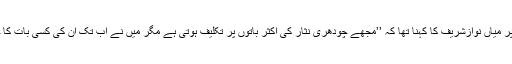
ان کی ناراضی پر میاں نوازشریف کا کہنا تھا کہ ’’مجھے چودھری نثار کی اکثر باتوں پر تکلیف ہوتی ہے مگر میں نے اب تک اُن کی کسی بات کا جواب نہیں دیا‘‘۔